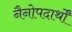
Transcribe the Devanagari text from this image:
नैनोपदार्थों